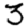
Digit: 3